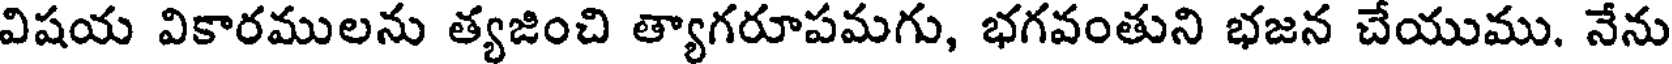
విషయ వికారములను త్యజించి త్యాగరూపమగు, భగవంతుని భజన చేయుము. నేను